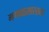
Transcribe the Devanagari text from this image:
मगधासारख्या